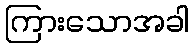
ကြားသောအခါ